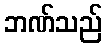
ဘဏ်သည်